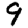
Digit: 9